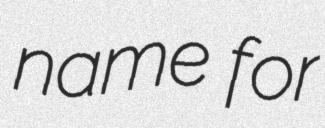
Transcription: name for